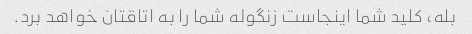
بله، کلید شما اینجاست زنگوله شما را به اتاقتان خواهد برد.